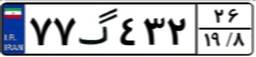
۷۷گ۴۳۲۲۶